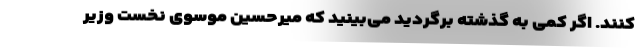
کنند. اگر کمی به گذشته برگردید می‌بینید که میرحسین موسوی نخست وزیر